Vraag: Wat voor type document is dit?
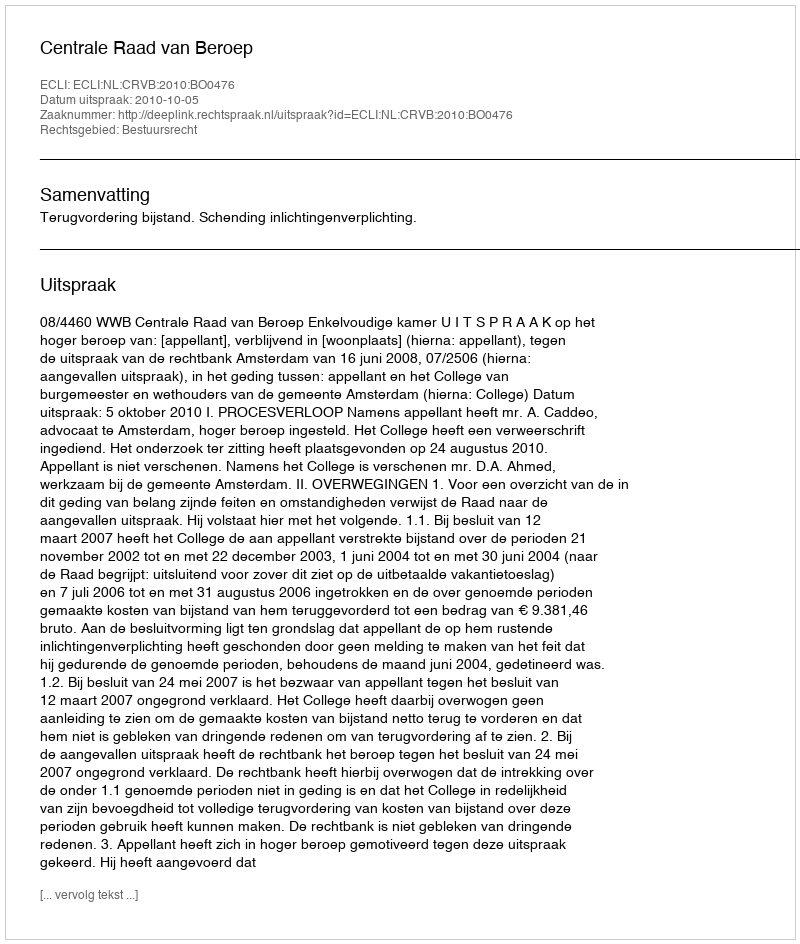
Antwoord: Uitspraak